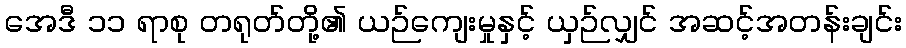
အေဒီ ၁၁ ရာစု တရုတ်တို့၏ ယဉ်ကျေးမှုနှင့် ယှဉ်လျှင် အဆင့်အတန်းချင်း